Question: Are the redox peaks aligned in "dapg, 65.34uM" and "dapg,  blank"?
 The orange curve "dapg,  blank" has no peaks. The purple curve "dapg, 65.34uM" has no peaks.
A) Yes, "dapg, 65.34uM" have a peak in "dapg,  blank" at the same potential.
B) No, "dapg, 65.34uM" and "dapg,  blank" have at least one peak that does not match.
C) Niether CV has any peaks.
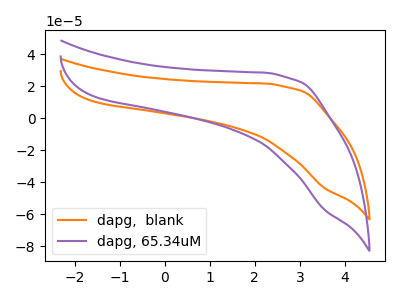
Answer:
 <answer>C) Niether CV has any peaks.</answer>
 <eval>C</eval>